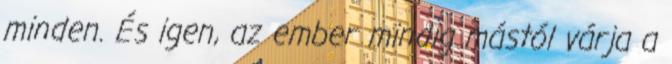
minden. És igen, az ember mindig mástól várja a